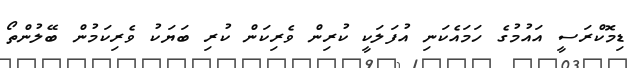
ޑިމޮކްރަސީ އައުމުގެ ހަމައެކަނި އުފަލަކީ ކުރިން ވެރިކަން ކުރި ބަޔަކު ވެރިކަމުން ބޭލުންތޯ